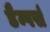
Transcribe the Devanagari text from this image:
डैम्पर्स